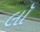
લૉ